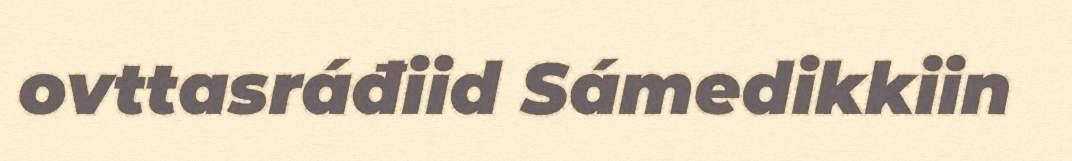
ovttasráđiid Sámedikkiin